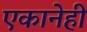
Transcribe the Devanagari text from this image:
एकानेही